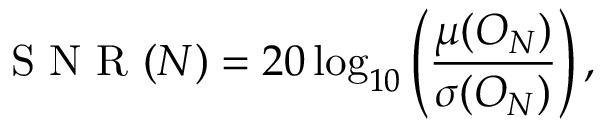
\mathrm { ~ S ~ N ~ R ~ } ( N ) = 2 0 \log _ { 1 0 } \left( \frac { \mu ( O _ { N } ) } { \sigma ( O _ { N } ) } \right) ,